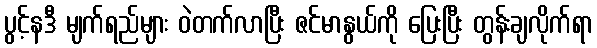
ပွင့်နဒီ မျက်ရည်များ ဝဲတက်လာပြီး ဇင်မာနွယ်ကို ပြေးပြီး တွန်းချလိုက်ရာ